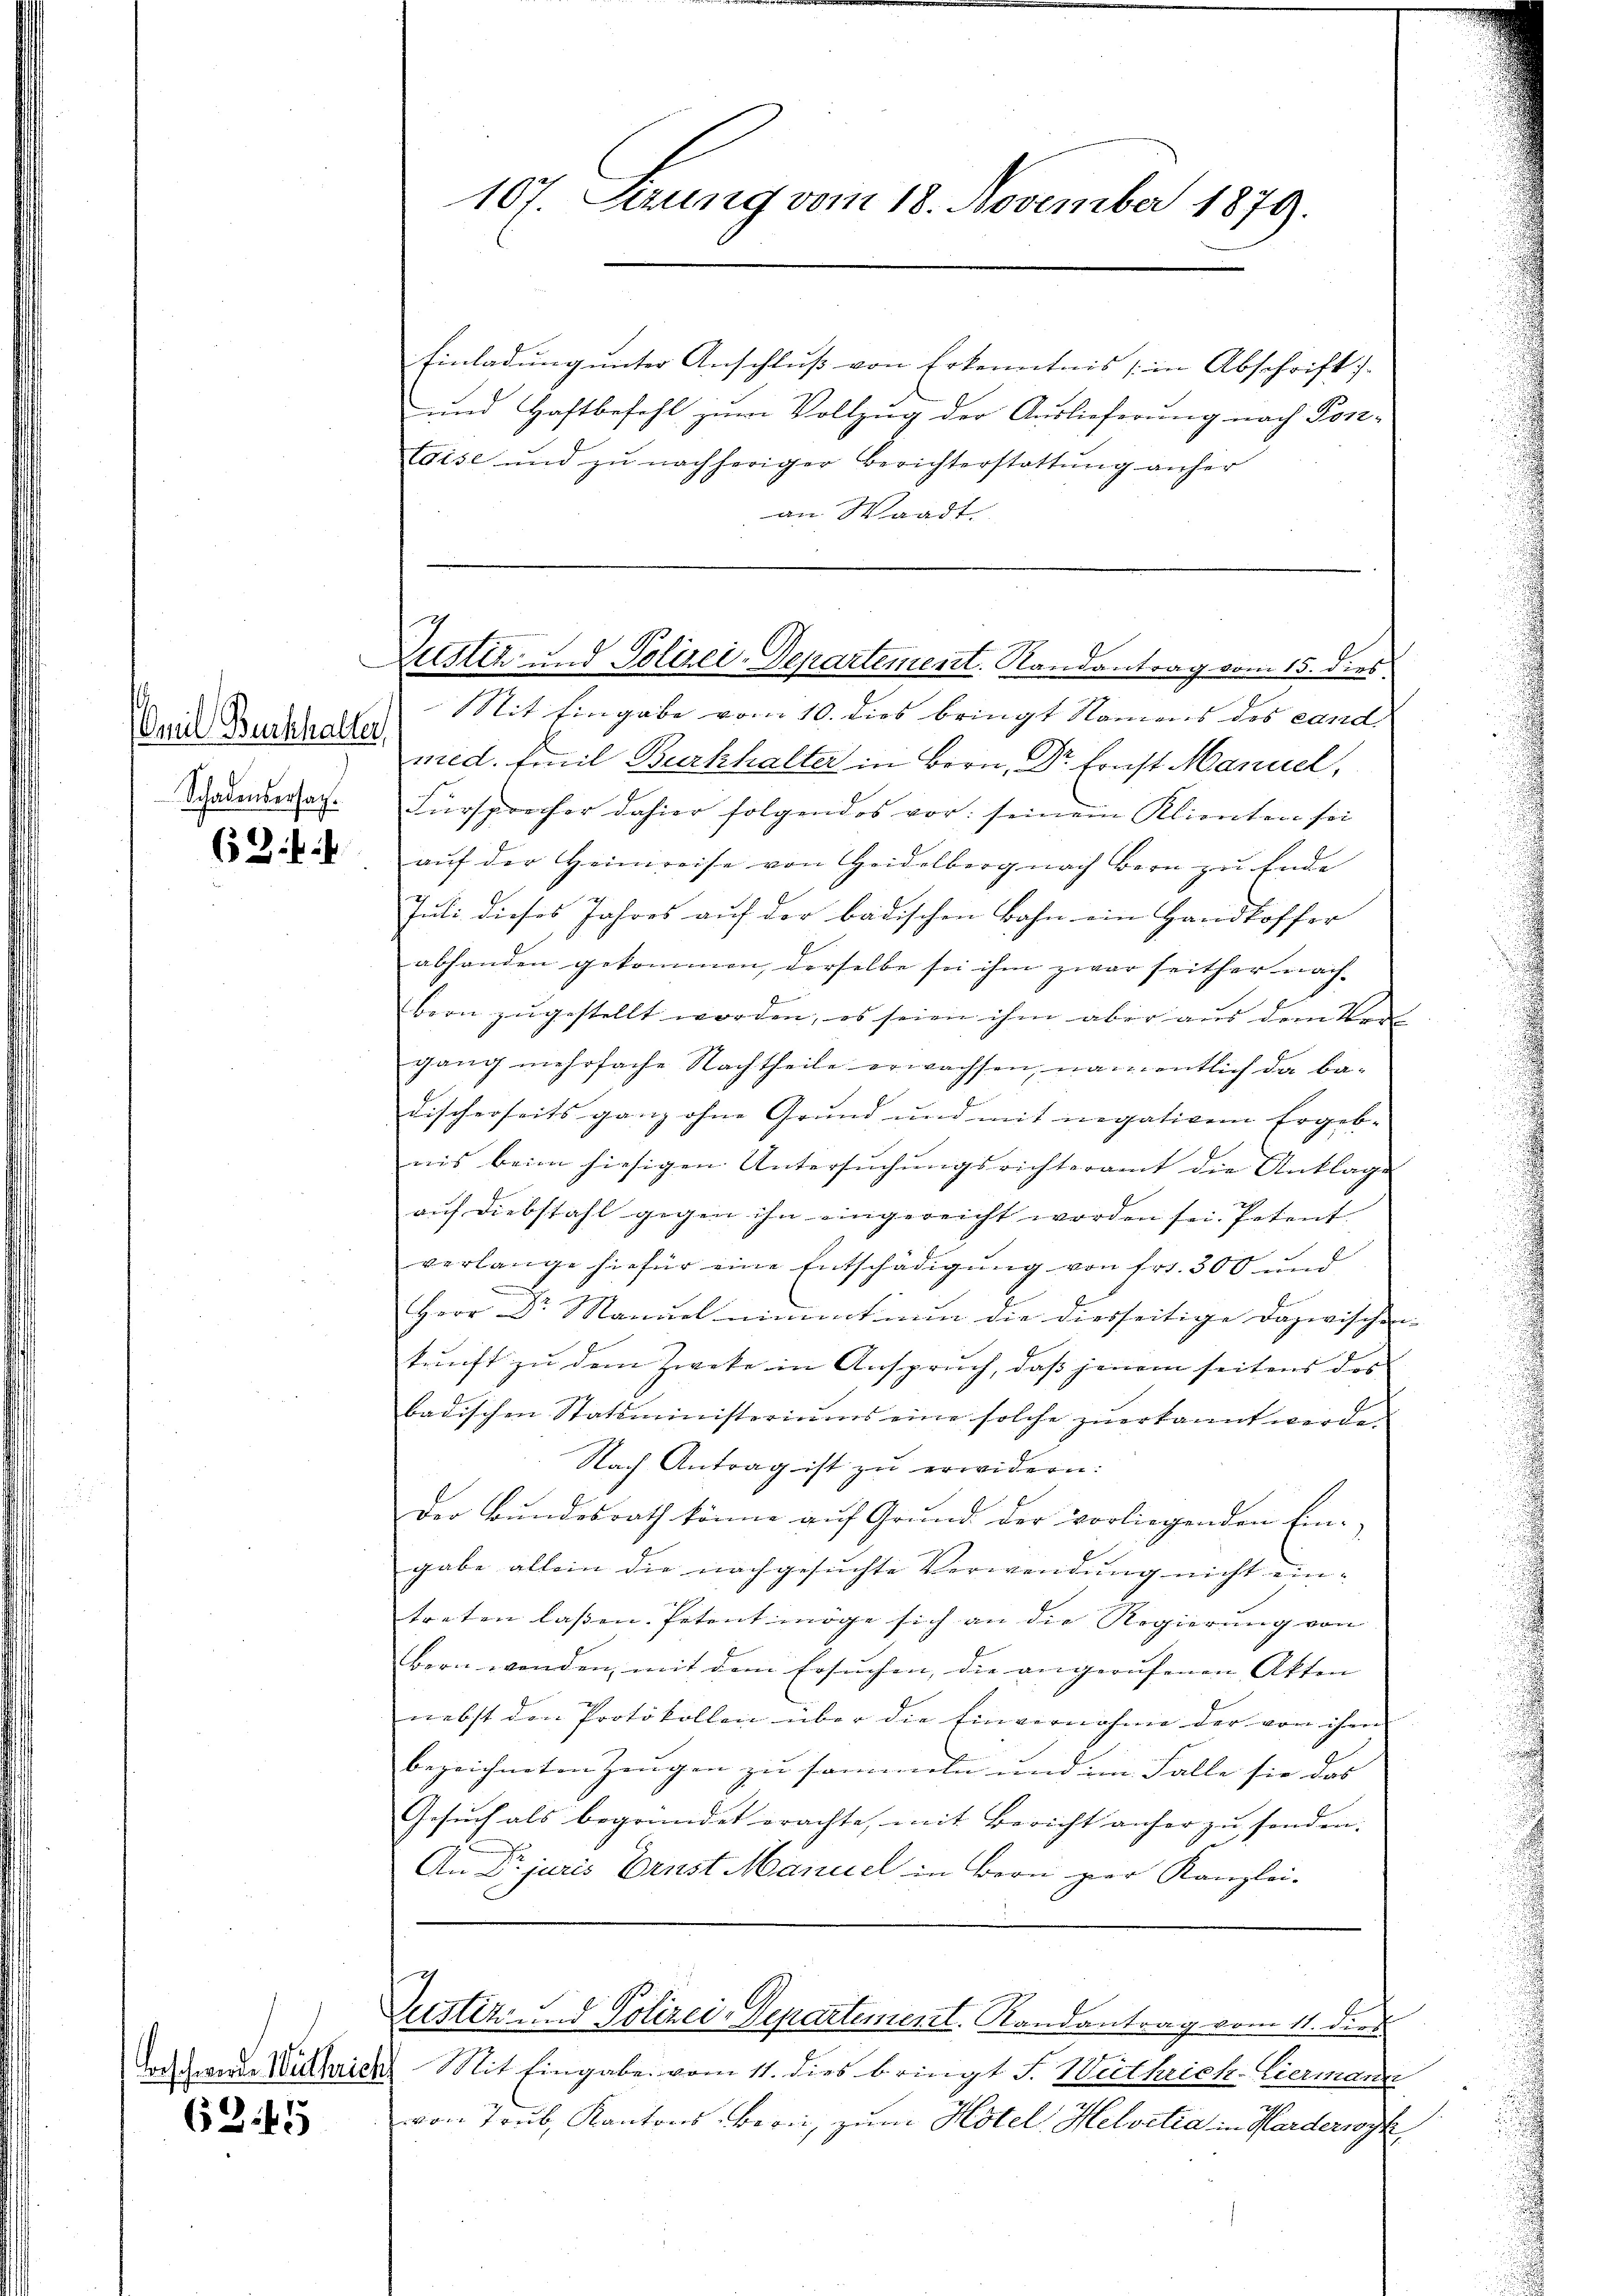
Amit Benthalter,
Schadensersag

63.

625

107. Serung vom 18. November 1879.

Zustiz und Polizei-Departement. Randantrag vom 15. dies

Einladung unter Anschluß von Erkenntnis (in Abschrift)
und Haftbefehl zum Vollzug der Auslieferung nach Pon-
Egise und zŭ nachheriger Berichterstattŭng anher
an Waadt.
Mit Eingabe vom 10. dies bringt Namens des cand.
med. Emil Burkhalter in Bern, Dr. Ernst Manuel,
Fürsprecher dahier folgendes vor: seinem Klimten sei
aŭf der Heimreise von Heidelberg nach Bern zu Ende
Juli dieses Jahres auf der badischen Bahn ein Handtoffer
abhanden gekommen, derselbe sei ihm zwar seither nachbern zugestellt worden, es seien ihm aber aus dem Vor
gang mehrfache Nachtheile erwachsen, namentlich da badischerseits ganz ohne Grund und mit negativen Ergebnis beim hiesigen Untersŭchŭngsrichteramt die Anklage
aŭf diebstahl gegen ihn eingereicht worden sei. Petent
verlange hiefür eine Entschädigung von Fr. 300 und
B
Herr Dr. Manuel nimmt in die diesseitige Dazwischen |
kunft zu dem Zweke in Anspruch, daß jenem seitens des
badischen Statsministeriums eine solche zŭerkannt werde.
Nach Antrag ist zu erwidern:
Der Bundesrath könne auf Grund der vorliegenden Ein- |
gabe allein die nachgesuchte Verwendung nicht eintreten laßen. Petent möge sich an die Regierung von
bern werden, mit dem Ersŭchen, die angerufenen Akten
nebst den Protokollen über die Einvernahme der von ihm
bezeichneten Zeugen zu sammeln und im Falle sie das
Gesuch als begründet erachte, mit Bericht anher zu sonden.
An Dr juris Brust Manuel in Bern per Kanzlei-
Zustiz und Polizei-Departement. Randantrag vom 11. dies
Tocht werde Wichrich Mit Eingabe vom 11. dies bringt S. Wirthrich-Liermann
von Trub, Kantons-Bern, zum Hotel Helvetia in Karderrock